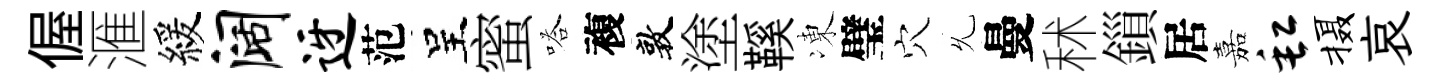
偓滙緩阔迓范呈蜜嗒複敦塗鞵凍璧穴𠃔曼秫鎻居嘉缸摄哀